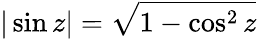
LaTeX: |\sin z|=\sqrt{1-\cos^{2}z}